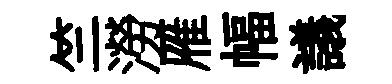
竺澇雁幅議